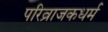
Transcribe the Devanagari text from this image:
परिव्राजकधर्म